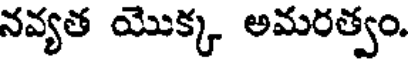
నవ్యత యొక్క అమరత్వం.